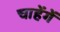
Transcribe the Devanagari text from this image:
चाहेंगें